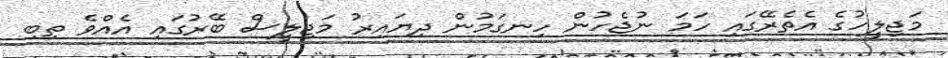
މަޖިލީހުގެ އެތެރޭގައި ހަމަ ނުޖެހުން ހިނގަމުން ދިޔައިރު މަޖިލީސް ބޭރުގައި އެއްވެ ތިބި